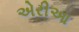
એરીઆ